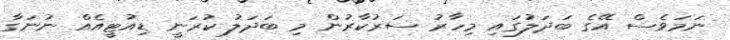
ނަމަވެސް އޭގެ ބަދަލުގައި މިހާރު ސަރުކާރުން މި ބަދަލު ކުރަނީ ޑިއުޓީއެއް ނުނަގާ